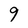
Character: 9